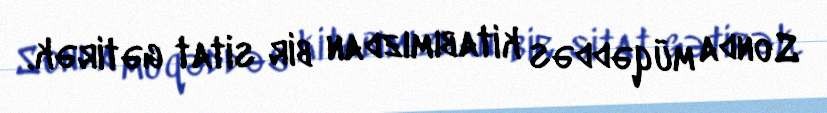
Sonda müqəddəs kitabımızdan bir sitat gətirək.